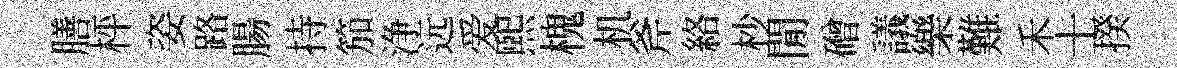
膳枰姿路腸持笳浄远爱煕槐机斧絡杪閒磳議樂難禾士揆